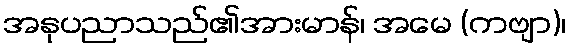
အနုပညာသည်၏အားမာန်၊ အမေ (ကဗျာ)၊